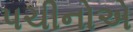
પચીનોએ